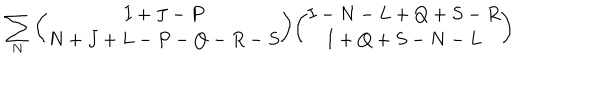
\sum _ { N } { \binom { I + J - P } { N + J + L - P - Q - R - S } } { \binom { I - N - L + Q + S - R } { I + Q + S - N - L } }